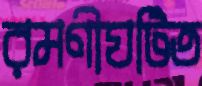
রমণীঘটিত